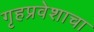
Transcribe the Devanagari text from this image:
गृहप्रवेशाचा